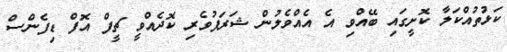
ކަޅުތުއްކަލާ ކޮށީގައި ބޭއްވި އެ އެއްވެލުން ޝަރަފުވެރި ކޮދެއްވީ ޗީފް އޮފް ޑިފެންސް